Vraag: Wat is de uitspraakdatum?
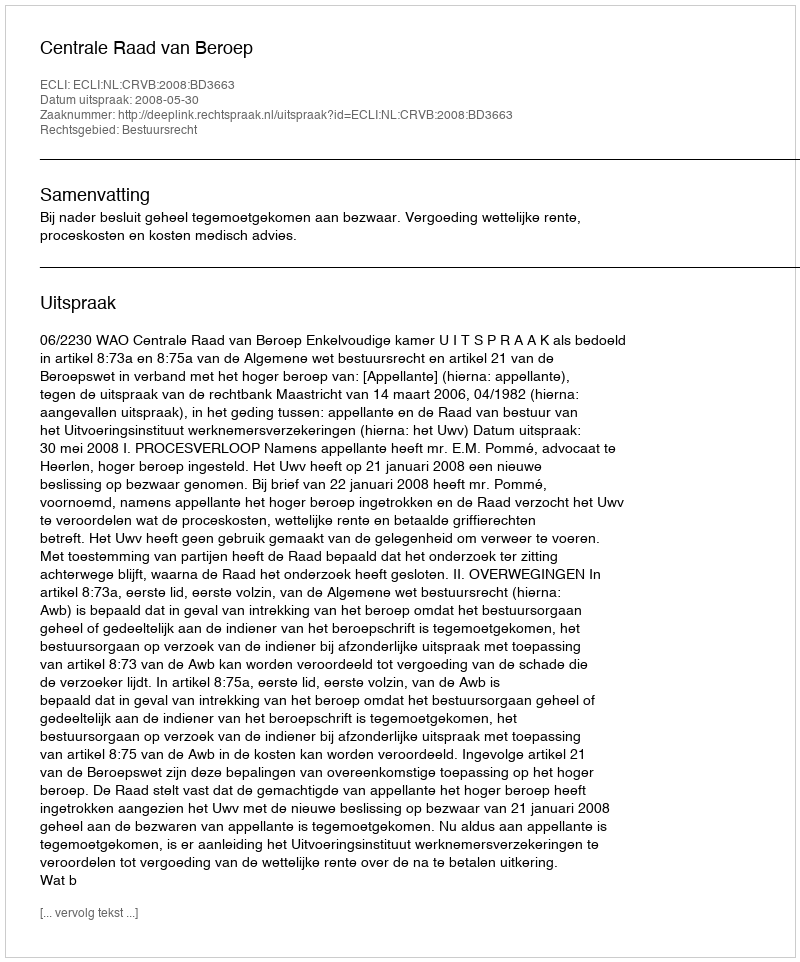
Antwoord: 2008-05-30